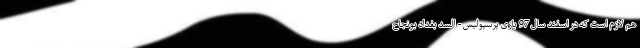
هم لازم است که در اسفند سال 97 بازی پرسپولیس - السد بغداد بونجاح